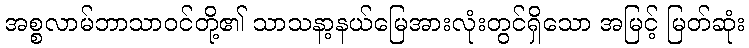
အစ္စလာမ်ဘာသာဝင်တို့၏ သာသနာ့နယ်မြေအားလုံးတွင်ရှိသော အမြင့် မြတ်ဆုံး